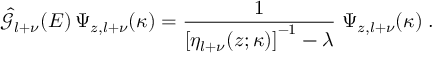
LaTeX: \hat { { \mathcal G } } _ { l + \nu } ( E ) \, \Psi _ { z , l + \nu } ( \kappa ) = \frac { 1 } { \left[ \eta _ { l + \nu } ( z ; \kappa ) \right] ^ { - 1 } - \lambda } \; \Psi _ { z , l + \nu } ( \kappa ) \; .